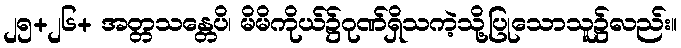
၂၅+၂၆+ အတ္တသန္တေပိ၊ မိမိကိုယ်၌ဂုဏ်ရှိသကဲ့သို့ပြုသောသူ၌လည်း။